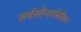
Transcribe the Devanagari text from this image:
सर्वसौन्दर्यसीमन्